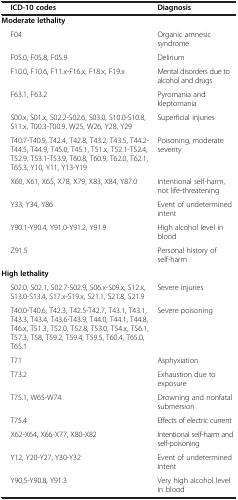
<table><thead><tr><td><b>ICD-10 codes</b></td><td><b>Diagnosis</b></td></tr></thead><tbody><tr><td colspan="2"><b>Moderate lethality</b></td></tr><tr><td>F04</td><td>Organic amnesic syndrome</td></tr><tr><td>F05.0, F05.8, F05.9</td><td>Delirium</td></tr><tr><td>F10.0, F10.6, F11.x-F16.x, F18.x, F19.x</td><td>Mental disorders due to alcohol and drugs</td></tr><tr><td>F63.1, F63.2</td><td>Pyromania and kleptomania</td></tr><tr><td>S00.x, S01.x, S02.2-S02.6, S03.0, S10.0-S10.8, S11.x, T00.3-T00.9, W25, W26, Y28, Y29</td><td>Superficial injuries</td></tr><tr><td>T40.7-T40.9, T42.4, T42.8, T43.2, T43.5, T44.2-T44.5, T44.9, T45.0, T45.1, T51.x, T52.1-T52.4, T52.9, T53.1-T53.9, T60.8, T60.9, T62.0, T62.1, T65.3, Y10, Y11, Y13-Y19</td><td>Poisoning, moderate severity</td></tr><tr><td>X60, X61, X65, X78, X79, X83, X84, Y87.0</td><td>Intentional self-harm, not life-threatening</td></tr><tr><td>Y33, Y34, Y86</td><td>Event of undetermined intent</td></tr><tr><td>Y90.1-Y90.4, Y91.0-Y91.2, Y91.9</td><td>High alcohol level in blood</td></tr><tr><td>Z91.5</td><td>Personal history of self-harm</td></tr><tr><td colspan="2"><b>High lethality</b></td></tr><tr><td>S02.0, S02.1, S02.7-S02.9, S06.x-S09.x, S12.x, S13.0-S13.4, S17.x-S19.x, S21.1, S21.8, S21.9</td><td>Severe injuries</td></tr><tr><td>T40.0-T40.6, T42.3, T42.5-T42.7, T43.1, T43.1, T43.3, T43.4, T43.6-T43.9, T44.0, T44.1, T44.8, T46.x, T51.3, T52.0, T52.8, T53.0, T54.x, T56.1, T57.3, T58, T59.2, T59.4, T59.5, T60.4, T65.0, T65.1</td><td>Severe poisoning</td></tr><tr><td>T71</td><td>Asphyxiation</td></tr><tr><td>T73.2</td><td>Exhaustion due to exposure</td></tr><tr><td>T75.1, W65-W74</td><td>Drowning and nonfatal submersion</td></tr><tr><td>T75.4</td><td>Effects of electric current</td></tr><tr><td>X62-X64, X66-X77, X80-X82</td><td>Intentional self-harm and self-poisoning</td></tr><tr><td>Y12, Y20-Y27, Y30-Y32</td><td>Event of undetermined intent</td></tr><tr><td>Y90.5-Y90.8, Y91.3</td><td>Very high alcohol level in blood</td></tr></tbody></table>